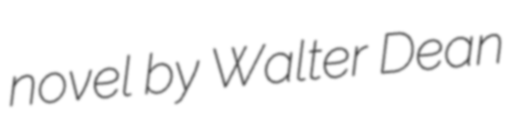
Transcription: novel by Walter Dean